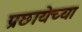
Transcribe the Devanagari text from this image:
प्रछायेच्या